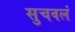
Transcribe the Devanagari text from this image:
सुचवलं